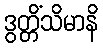
ဒွတ္တိံသိမာနိ